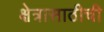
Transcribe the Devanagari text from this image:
क्षेत्रासाठीची